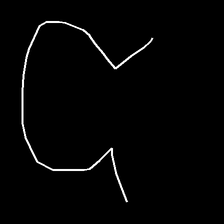
Glyph: weave